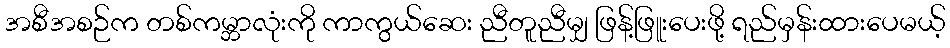
အစီအစဉ်က တစ်ကမ္ဘာလုံးကို ကာကွယ်ဆေး ညီတူညီမျှ ဖြန့်ဖြူးပေးဖို့ ရည်မှန်းထားပေမယ့်